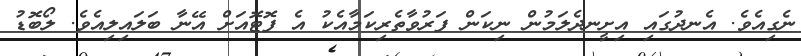
ނެގިއެވެ. އެނދުގައި އިށީނދެލަމުން ނިކަން ފަރުވާތެރިކަމާއެކު އެ ފޮޓޮއަށް އޭނާ ބަލައިލިއެވެ. ލޯބޮޑު